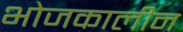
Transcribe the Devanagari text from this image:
भोजकालीन